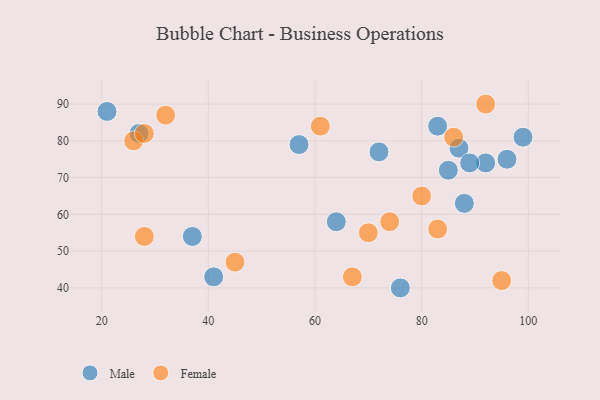
{"axis": {"x": "GDP", "y": "Life Expectancy"}, "legend": ["Female", "Male"], "data": [{"x": "87", "y": 78, "type": "Male"}, {"x": "57", "y": 79, "type": "Male"}, {"x": "92", "y": 74, "type": "Male"}, {"x": "41", "y": 43, "type": "Male"}, {"x": "21", "y": 88, "type": "Male"}, {"x": "27", "y": 82, "type": "Male"}, {"x": "96", "y": 75, "type": "Male"}, {"x": "88", "y": 63, "type": "Male"}, {"x": "89", "y": 74, "type": "Male"}, {"x": "64", "y": 58, "type": "Male"}, {"x": "83", "y": 84, "type": "Male"}, {"x": "85", "y": 72, "type": "Male"}, {"x": "76", "y": 40, "type": "Male"}, {"x": "99", "y": 81, "type": "Male"}, {"x": "72", "y": 77, "type": "Male"}, {"x": "37", "y": 54, "type": "Male"}, {"x": "74", "y": 58, "type": "Female"}, {"x": "32", "y": 87, "type": "Female"}, {"x": "67", "y": 43, "type": "Female"}, {"x": "28", "y": 54, "type": "Female"}, {"x": "45", "y": 47, "type": "Female"}, {"x": "92", "y": 90, "type": "Female"}, {"x": "86", "y": 81, "type": "Female"}, {"x": "70", "y": 55, "type": "Female"}, {"x": "95", "y": 42, "type": "Female"}, {"x": "26", "y": 80, "type": "Female"}, {"x": "83", "y": 56, "type": "Female"}, {"x": "80", "y": 65, "type": "Female"}, {"x": "28", "y": 82, "type": "Female"}, {"x": "61", "y": 84, "type": "Female"}]}